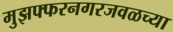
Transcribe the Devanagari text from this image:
मुझफ्फरनगरजवळच्या